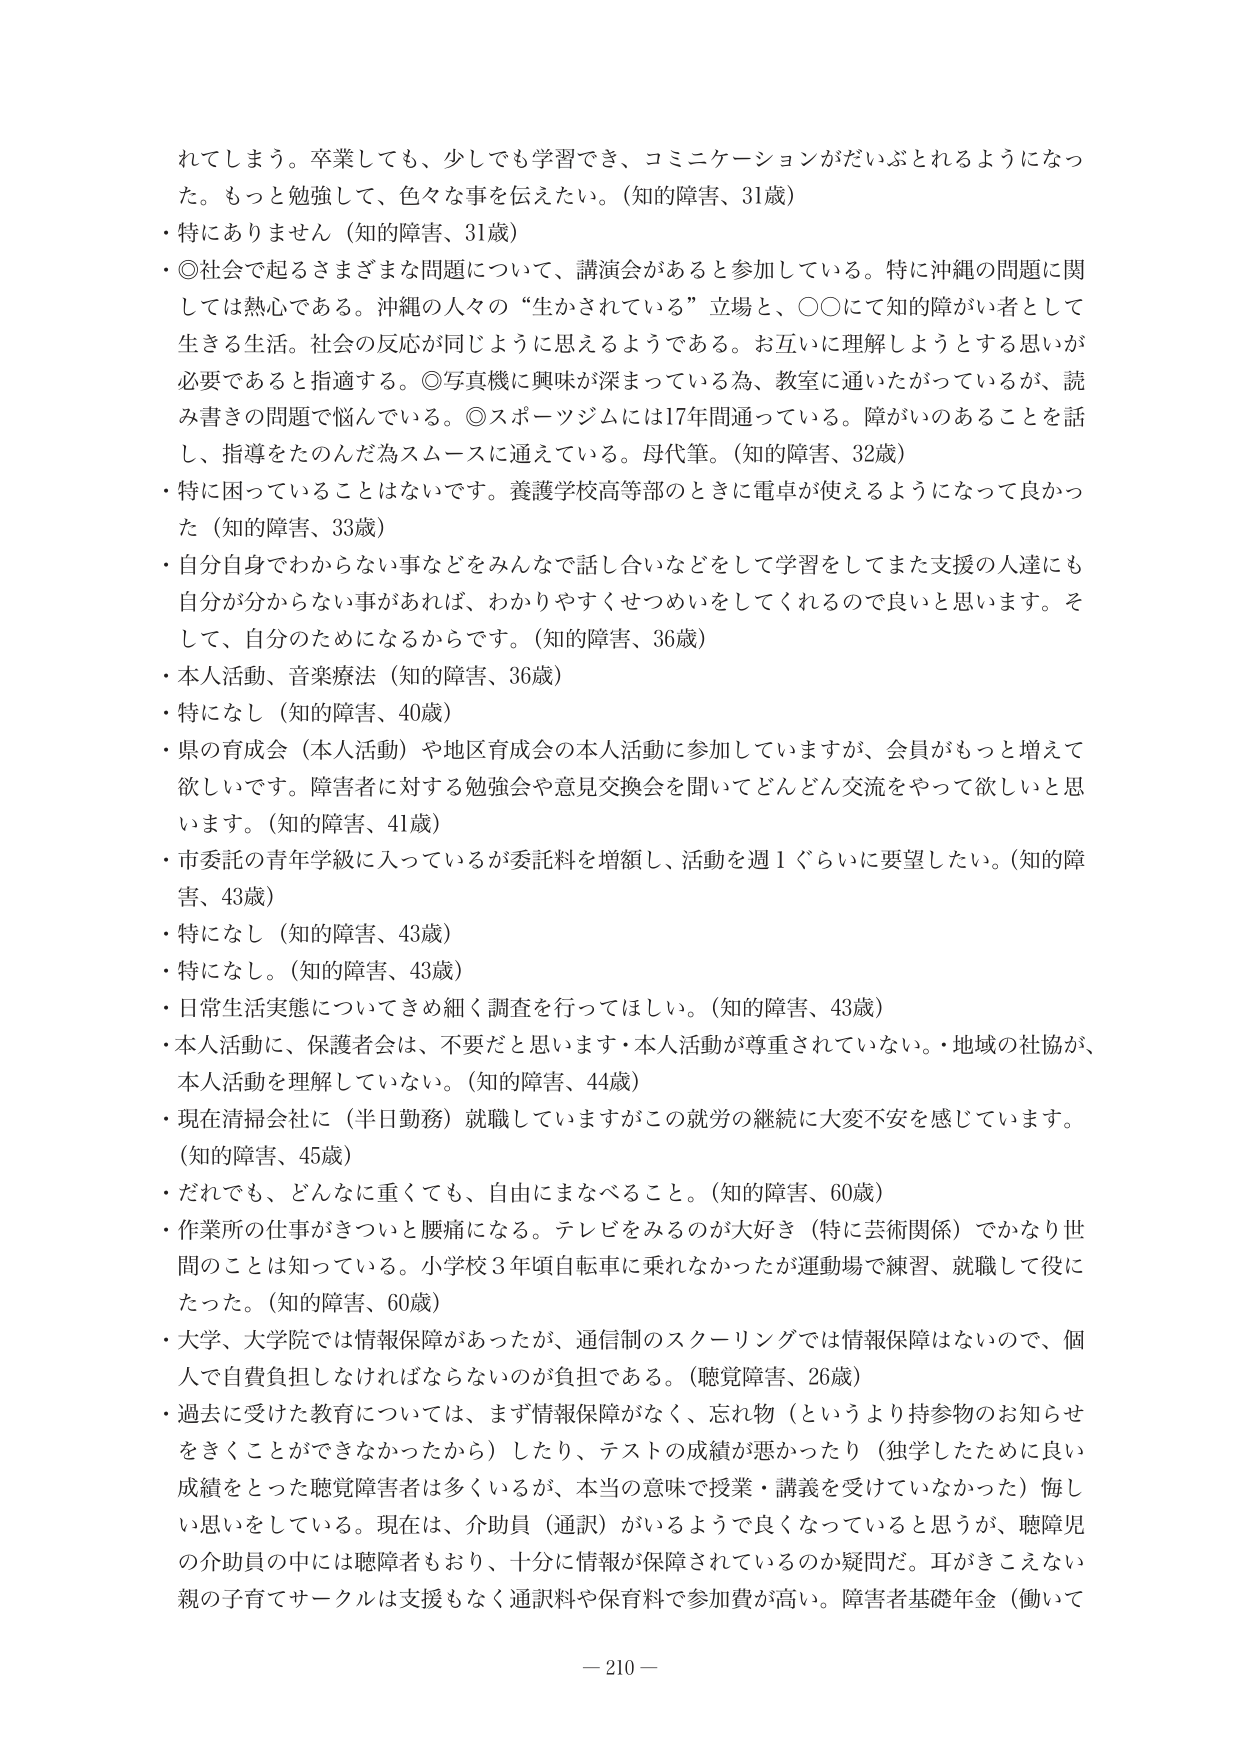
れてしまう。卒業しても、少しでも学習でき、コミュニケーションがだいぶとれるようになっ
た。もっと勉強して、色々な事を伝えたい。（知的障害、31歳）
・特にありません（知的障害、31歳）
・◎社会で起こるさまざまな問題について、講演会があると参加している。特に沖縄の問題に関
しては熱心である。沖縄の人々の“生かされている”立場と、〇〇にて知的障がい者として
生きる生活。社会の反応が同じように思えるようである。お互いに理解しようとする思いが
必要であると指摘する。◎写真機に興味が深まっている為、教室に通いたがっているが、読
み書きの問題で悩んでいる。◎スポーツジムには17年間通っている。障がいのあることを話
し、指導をたのんだ為スムーズに通えている。母代筆。（知的障害、32歳）
・特に困っていることはないです。養護学校高等部のときに電卓が使えるようになって良かっ
た（知的障害、33歳）
・自分自身でわからない事などをみんなで話し合いなどをして学習をしてまた支援の人達にも
自分が分からない事があれば、わかりやすくせつめいをしてくれるので良いと思います。そ
して、自分のためになるからです。（知的障害、36歳）
・本人活動、音楽療法（知的障害、36歳）
・特になし（知的障害、40歳）
・県の育成会（本人活動）や地区育成会の本人活動に参加していますが、会員がもっと増えて
欲しいです。障害者に対する勉強会や意見交換会を聞いてどんどん交流をやって欲しいと思
います。（知的障害、41歳）
・市委託の青年学級に入っているが委託料を増額し、活動を週1ぐらいに要望したい。（知的障
害、43歳）
・特になし（知的障害、43歳）
・特になし。（知的障害、43歳）
・日常生活実態についてきめ細く調査を行ってほしい。（知的障害、43歳）
・本人活動に、保護者会は、不要だと思います・本人活動が尊重されていない。・地域の社協が、
本人活動を理解していない。（知的障害、44歳）
・現在清掃会社に（半日勤務）就職していますがこの就労の継続に大変不安を感じています。
（知的障害、45歳）
・だれでも、どんなに重くても、自由にまなべること。（知的障害、60歳）
・作業所の仕事がきついと腰痛になる。テレビをみるのが大好き（特に芸術関係）でかなり世
間のことは知っている。小学校3年頃自転車に乗れなかったが運動場で練習、就職して役に
たった。（知的障害、60歳）
・大学、大学院では情報保障があったが、通信制のスクーリングでは情報保障はないので、個
人で自費負担しなければならないのが負担である。（聴覚障害、26歳）
・過去に受けた教育については、まず情報保障がなく、忘れ物（というより持参物のお知らせ
をきくことができなかったから）したり、テストの成績が悪かったり（独学したために良い
成績をとった聴覚障害者は多くいるが、本当の意味で授業・講義を受けていなかった）悔し
い思いをしている。現在は、介助員（通訳）がいるようで良くなっていると思うが、聴障児
の介助員の中には聴障者もおり、十分に情報が保障されているのか疑問だ。耳がきこえない
親の子育てサークルは支援もなく通訳料や保育料で参加費が高い。障害者基礎年金（働いて
－210－